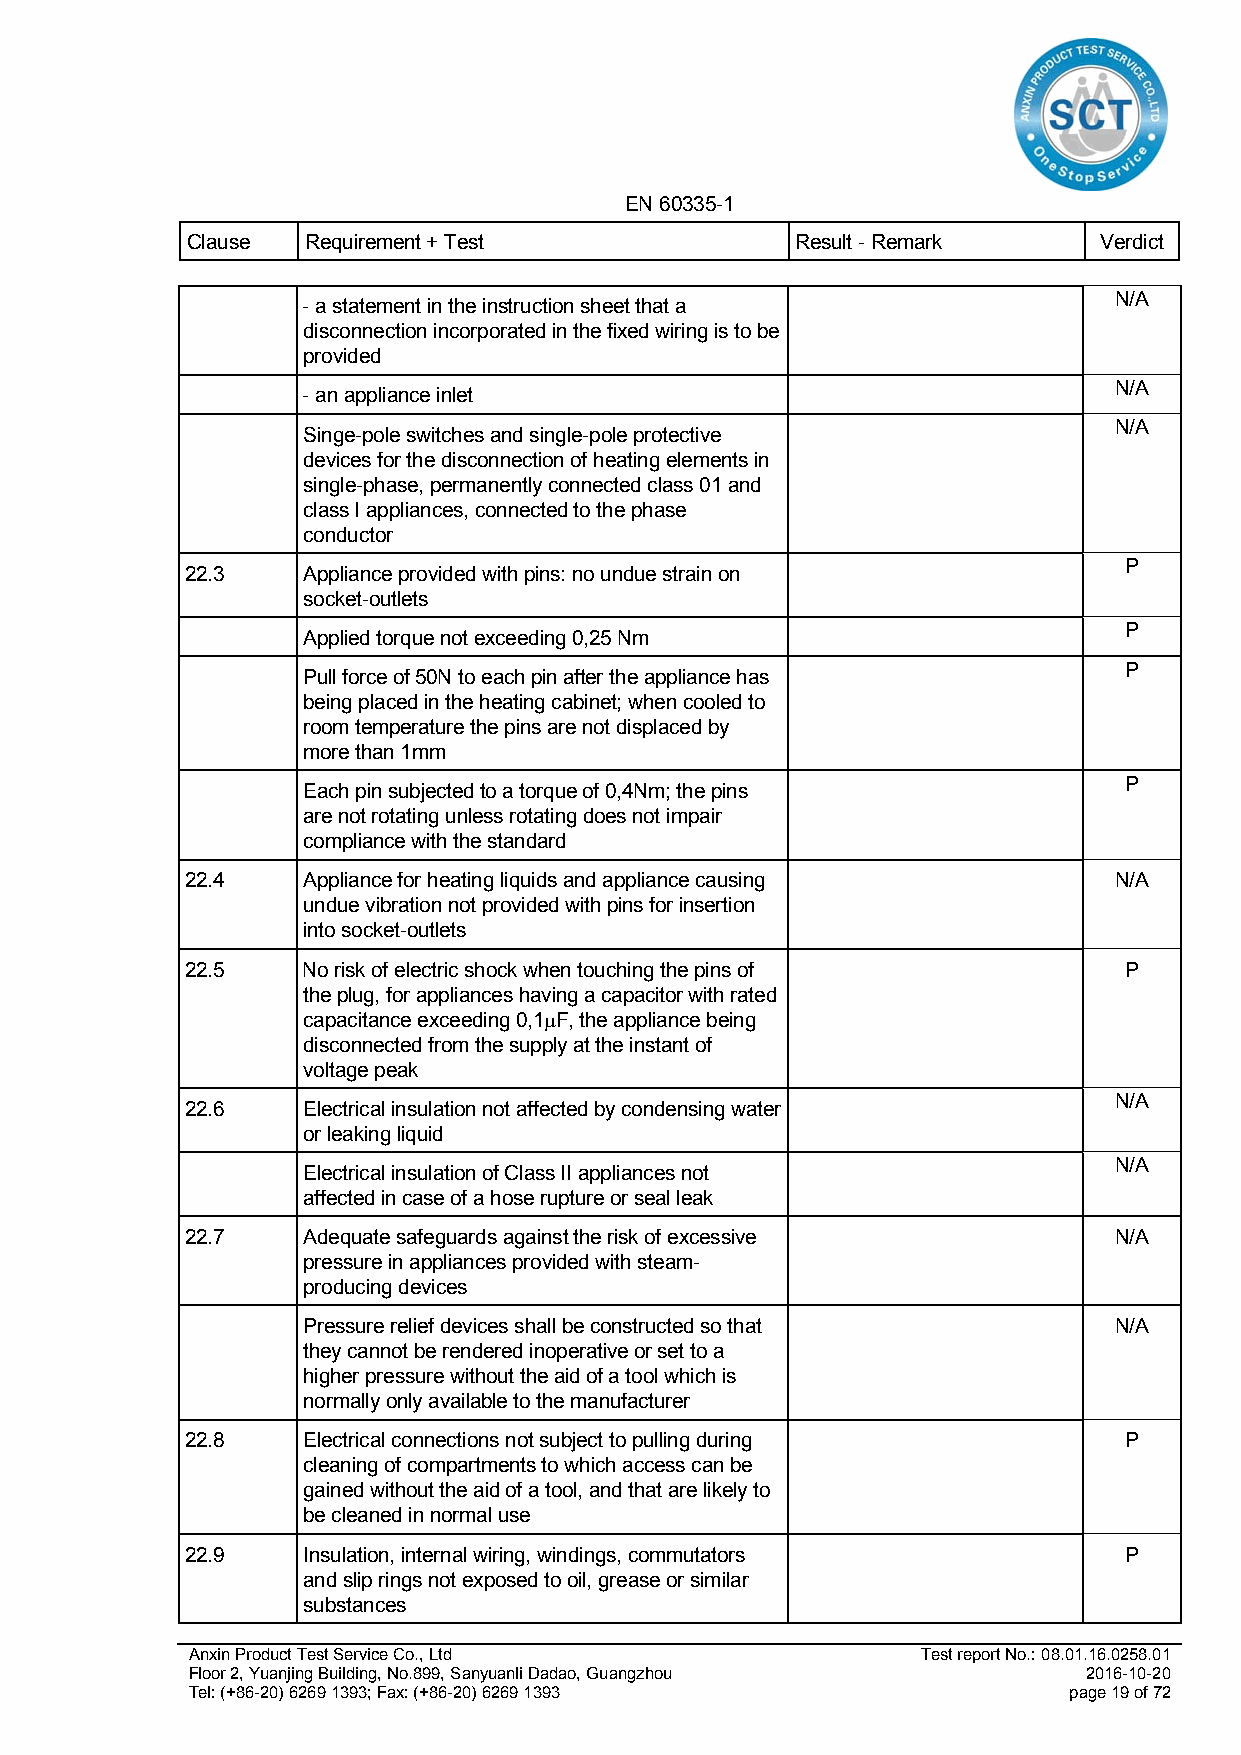
EN 60335-1
 Clause  Requirement + Test               Result - Remark     Verdict
 N/A
 - a statement in the instruction sheet that a
 disconnection incorporated in the fixed wiring is to be
 provided
 N/A
 - an appliance inlet
 N/A
 Singe-pole switches and single-pole protective
 devices for the disconnection of heating elements in
 single-phase, permanently connected class 01 and
 class I appliances, connected to the phase
 conductor
 P
 22.3    Appliance provided with pins: no undue strain on
 socket-outlets
 P
 Applied torque not exceeding 0,25 Nm
 P
 Pull force of 50N to each pin after the appliance has
 being placed in the heating cabinet; when cooled to
 room temperature the pins are not displaced by
 more than 1mm
 P
 Each pin subjected to a torque of 0,4Nm; the pins
 are not rotating unless rotating does not impair
 compliance with the standard
 22.4    Appliance for heating liquids and appliance causing   N/A
 undue vibration not provided with pins for insertion
 into socket-outlets
 22.5    No risk of electric shock when touching the pins of   P
 the plug, for appliances having a capacitor with rated
 capacitance exceeding 0,1F, the appliance being
 disconnected from the supply at the instant of
 voltage peak
 N/A
 22.6    Electrical insulation not affected by condensing water
 or leaking liquid
 N/A
 Electrical insulation of Class II appliances not
 affected in case of a hose rupture or seal leak
 22.7    Adequate safeguards against the risk of excessive     N/A
 pressure in appliances provided with steam-
 producing devices
 Pressure relief devices shall be constructed so that  N/A
 they cannot be rendered inoperative or set to a
 higher pressure without the aid of a tool which is
 normally only available to the manufacturer
 22.8    Electrical connections not subject to pulling during  P
 cleaning of compartments to which access can be
 gained without the aid of a tool, and that are likely to
 be cleaned in normal use
 22.9    Insulation, internal wiring, windings, commutators    P
 and slip rings not exposed to oil, grease or similar
 substances
 Anxin Product Test Service Co., Ltd              Test report No.: 08.01.16.0258.01
 Floor 2, Yuanjing Building, No.899, Sanyuanli Dadao, Guangzhou 2016-10-20
 Tel: (+86-20) 6269 1393; Fax: (+86-20) 6269 1393           page 19 of 72